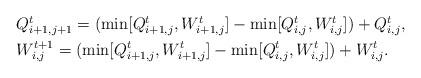
LaTeX: \begin{align*}\begin{aligned}&Q_{i+1,j+1}^t=(\min[Q_{i+1,j}^t,W_{i+1,j}^t]-\min[Q_{i,j}^t,W_{i,j}^t])+Q_{i,j}^t,\\&W_{i,j}^{t+1}=(\min[Q_{i+1,j}^t,W_{i+1,j}^t]-\min[Q_{i,j}^t,W_{i,j}^t])+W_{i,j}^t.\end{aligned}\end{align*}